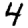
Digit: 4